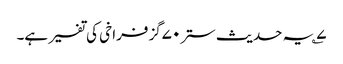
۷؎ یہ حدیث ستر۷۰گز فراخی کی تفسیر ہے۔